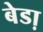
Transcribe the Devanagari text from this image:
बेडा़